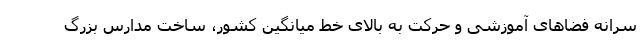
سرانه فضاهای آموزشی و حرکت به بالای خط میانگین کشور، ساخت مدارس بزرگ